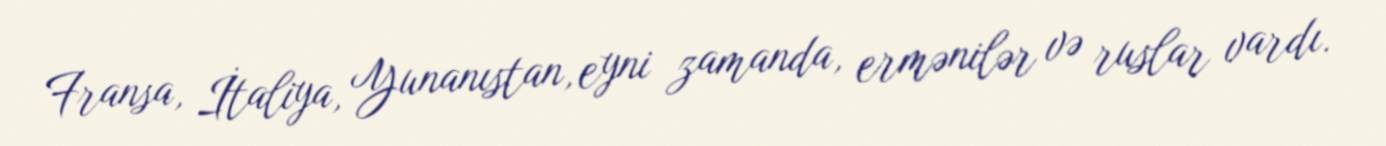
Fransa, İtaliya, Yunanıstan, eyni zamanda, ermənilər və ruslar vardı.